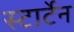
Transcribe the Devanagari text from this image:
स्टार्टेन